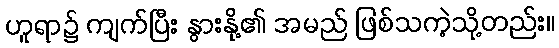
ဟူရာ၌ ကျက်ပြီး နွားနို့၏ အမည် ဖြစ်သကဲ့သို့တည်း။